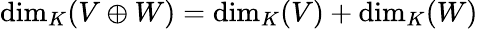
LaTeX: \dim_{K}(V\oplus W)=\dim_{K}(V)+\dim_{K}(W)